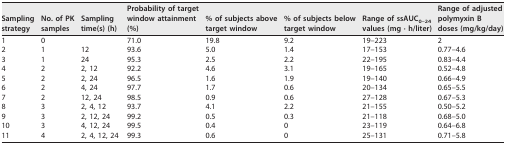
| Sampling strategy | No. of PK samples | Sampling time(s) (h) | Probability of target window attainment (%) | % of subjects above target window | % of subjects below target window | Range of ssAUC0–24 values (mg · h/liter) | Range of adjusted polymyxin B doses (mg/kg/day) |
 | --- | --- | --- | --- | --- | --- | --- | --- |
 | 1 | 0 |  | 71.0 | 19.8 | 9.2 | 19–223 | 2 |
 | 2 | 1 | 12 | 93.6 | 5.0 | 1.4 | 17–153 | 0.77–4.6 |
 | 3 | 1 | 24 | 95.3 | 2.5 | 2.2 | 22–195 | 0.83–4.4 |
 | 4 | 2 | 2, 12 | 92.2 | 4.6 | 3.1 | 19–165 | 0.52–4.8 |
 | 5 | 2 | 2, 24 | 96.5 | 1.6 | 1.9 | 19–140 | 0.66–4.9 |
 | 6 | 2 | 4, 24 | 97.7 | 1.7 | 0.6 | 20–134 | 0.65–5.5 |
 | 7 | 2 | 12, 24 | 98.5 | 0.9 | 0.6 | 27–128 | 0.67–5.3 |
 | 8 | 3 | 2, 4, 12 | 93.7 | 4.1 | 2.2 | 21–155 | 0.50–5.2 |
 | 9 | 3 | 2, 12, 24 | 99.2 | 0.5 | 0.3 | 21–118 | 0.68–5.0 |
 | 10 | 3 | 4, 12, 24 | 99.5 | 0.4 | 0 | 23–119 | 0.64–6.8 |
 | 11 | 4 | 2, 4, 12, 24 | 99.3 | 0.6 | 0 | 25–131 | 0.71–5.8 |